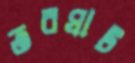
তরঘাট